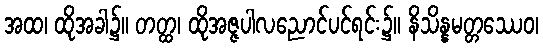
အထ၊ ထိုအခါ၌။ တတ္ထ၊ ထိုအဇ္ဇပါလညောင်ပင်ရင်း၌။ နိသိန္နမတ္တဿေဝ၊